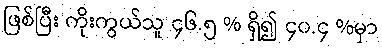
ဖြစ်ပြီး ကိုးကွယ်သူ ၄၆.၅ % ရှိ၍ ၄၀.၄ %မှာ